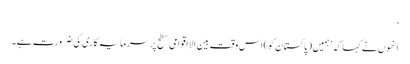
‘
انھوں نے کہا کہ ’ہمیں (پاکستان کو) اس وقت بین الااقوامی سطح پر سرمایہ کاری کی ضرورت ہے۔